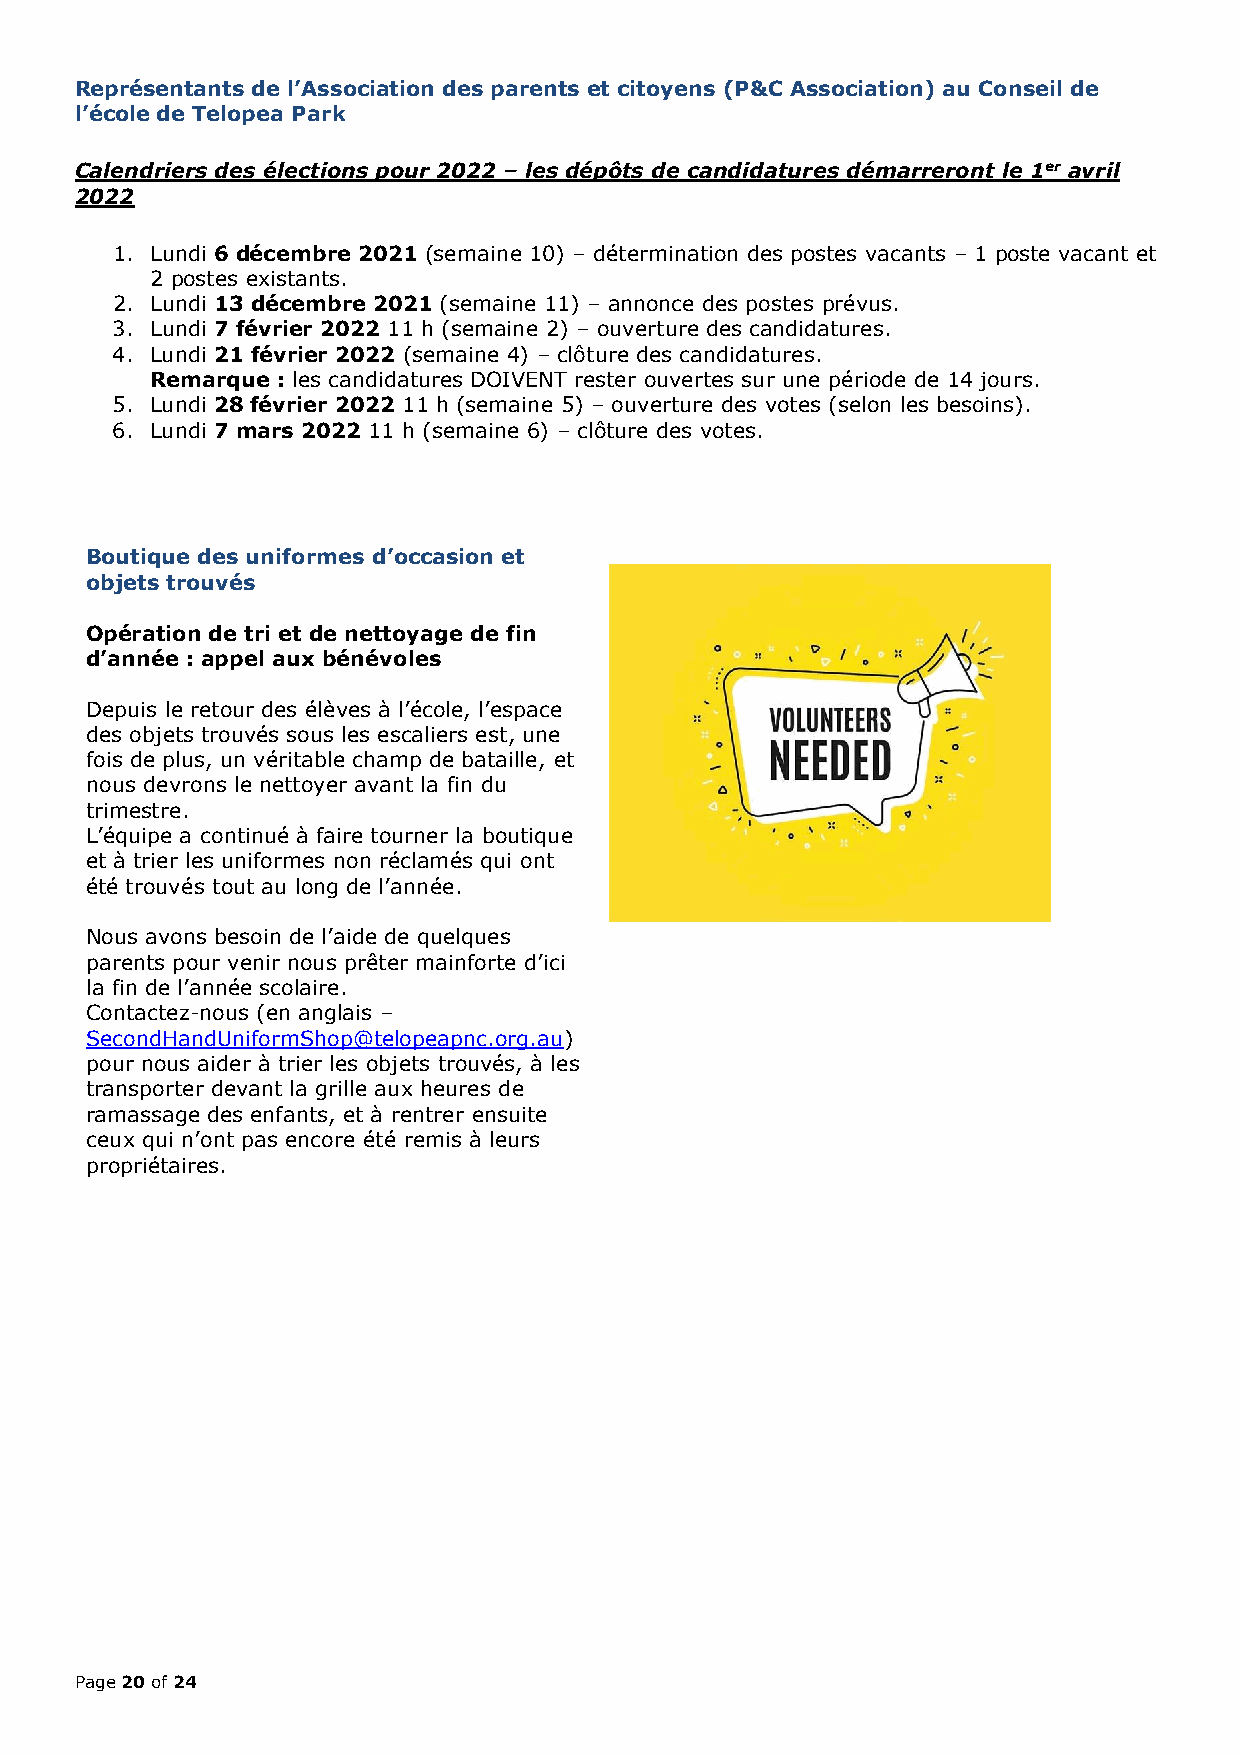
Représentants de l’Association des parents et citoyens (P&C Association) au Conseil de
 l’école de Telopea Park
 Calendriers des élections pour 2022 – les dépôts de candidatures démarreront le 1er avril
 2022
 1. Lundi 6 décembre 2021 (semaine 10) – détermination des postes vacants – 1 poste vacant et
 2 postes existants.
 2. Lundi 13 décembre 2021 (semaine 11) – annonce des postes prévus.
 3. Lundi 7 février 2022 11 h (semaine 2) – ouverture des candidatures.
 4. Lundi 21 février 2022 (semaine 4) – clôture des candidatures.
 Remarque : les candidatures DOIVENT rester ouvertes sur une période de 14 jours.
 5. Lundi 28 février 2022 11 h (semaine 5) – ouverture des votes (selon les besoins).
 6. Lundi 7 mars 2022 11 h (semaine 6) – clôture des votes.
 Boutique des uniformes d’occasion et
 objets trouvés
 Opération de tri et de nettoyage de fin
 d’année : appel aux bénévoles
 Depuis le retour des élèves à l’école, l’espace
 des objets trouvés sous les escaliers est, une
 fois de plus, un véritable champ de bataille, et
 nous devrons le nettoyer avant la fin du
 trimestre.
 L’équipe a continué à faire tourner la boutique
 et à trier les uniformes non réclamés qui ont
 été trouvés tout au long de l’année.
 Nous avons besoin de l’aide de quelques
 parents pour venir nous prêter mainforte d’ici
 la fin de l’année scolaire.
 Contactez-nous (en anglais –
 SecondHandUniformShop@telopeapnc.org.au)
 pour nous aider à trier les objets trouvés, à les
 transporter devant la grille aux heures de
 ramassage des enfants, et à rentrer ensuite
 ceux qui n’ont pas encore été remis à leurs
 propriétaires.
 Page 20 of 24